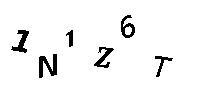
1N1Z6T